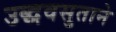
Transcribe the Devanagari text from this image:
उद्धवसुताने